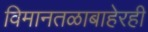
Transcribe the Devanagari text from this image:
विमानतळाबाहेरही